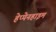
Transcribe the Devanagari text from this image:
हेप्पेनहाइम